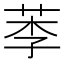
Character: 𦰁